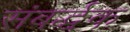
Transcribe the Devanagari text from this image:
संबर्द्धक